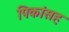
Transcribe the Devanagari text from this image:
पिकांसह